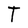
Character: T